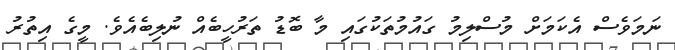
ނަމަވެސް އެކަމަށް މުސްލިމު ގައުމުތަކުގައި މާ ބޮޑު ތަރުހީބެއް ނުލިބެއެވެ. މީގެ އިތުރު